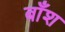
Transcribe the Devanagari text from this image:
बाँश